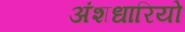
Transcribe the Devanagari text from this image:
अंशधारियो